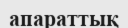
апараттық